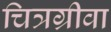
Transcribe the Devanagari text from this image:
चित्रग्रीवा